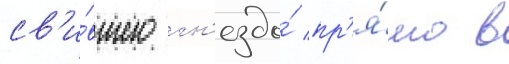
св'и́вшего гн'ездо́ пр'я́мо в